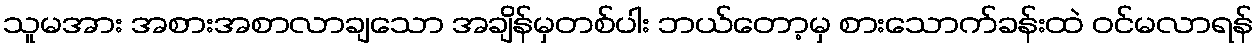
သူမအား အစားအစာလာချသော အချိန်မှတစ်ပါး ဘယ်တော့မှ စားသောက်ခန်းထဲ ဝင်မလာရန်